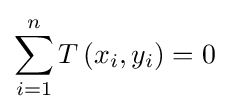
\sum _{i=1}^{n}T\left(x_{i},y_{i}\right)=0